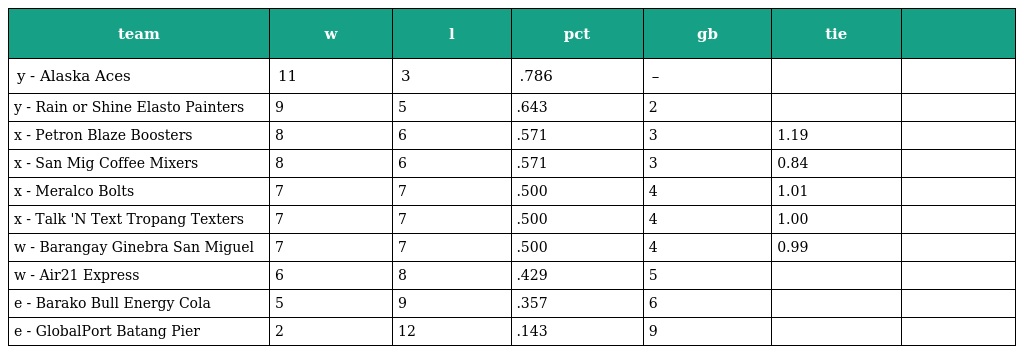
| team | w | l | pct | gb | tie |  |
 | --- | --- | --- | --- | --- | --- | --- |
 | y - Alaska Aces | 11 | 3 | .786 | – |  |  |
 | y - Rain or Shine Elasto Painters | 9 | 5 | .643 | 2 |  |  |
 | x - Petron Blaze Boosters | 8 | 6 | .571 | 3 | 1.19 |  |
 | x - San Mig Coffee Mixers | 8 | 6 | .571 | 3 | 0.84 |  |
 | x - Meralco Bolts | 7 | 7 | .500 | 4 | 1.01 |  |
 | x - Talk 'N Text Tropang Texters | 7 | 7 | .500 | 4 | 1.00 |  |
 | w - Barangay Ginebra San Miguel | 7 | 7 | .500 | 4 | 0.99 |  |
 | w - Air21 Express | 6 | 8 | .429 | 5 |  |  |
 | e - Barako Bull Energy Cola | 5 | 9 | .357 | 6 |  |  |
 | e - GlobalPort Batang Pier | 2 | 12 | .143 | 9 |  |  |